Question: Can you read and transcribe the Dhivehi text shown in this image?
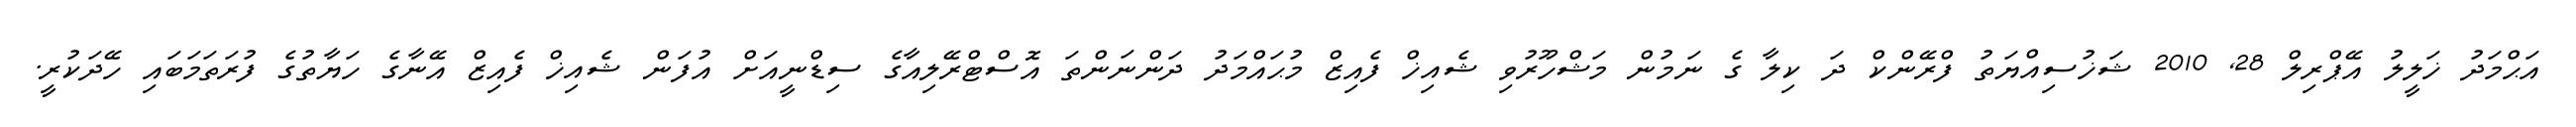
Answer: އަޙްމަދު ޚަލީލު އޭޕްރިލް 28, 2010 ޝަޚުސިއްޔަތު ފްރޭންކް ދަ ކިލާ ގެ ނަމުން މަޝްހޫރުވި ޝެއިޚް ފެއިޒް މުޙައްމަދު ދަންނަންތަ އޮސްޓްރޭލިއާގެ ސިޑްނީއަށް އުފަން ޝެއިޚް ފެއިޒް އޭނާގެ ހަޔާތުގެ ފުރަތަމަބައި ހޭދަކުރީ.